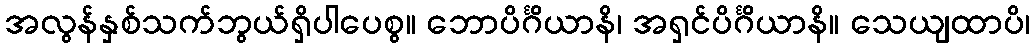
အလွန်နှစ်သက်ဘွယ်ရှိပါပေစွ။ ဘောပိင်္ဂိယာနိ၊ အရှင်ပိင်္ဂိယာနိ။ သေယျထာပိ၊